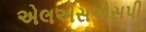
એલએસએસપી